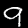
Digit: 9